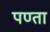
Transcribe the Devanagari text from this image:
पण्ता